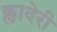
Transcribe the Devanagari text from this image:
क्लावेरी